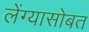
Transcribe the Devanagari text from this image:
लेंग्यासोबत